Tezpur Lunatic Asylum reports 1895-1904 - 1895-1904
Year: 1895
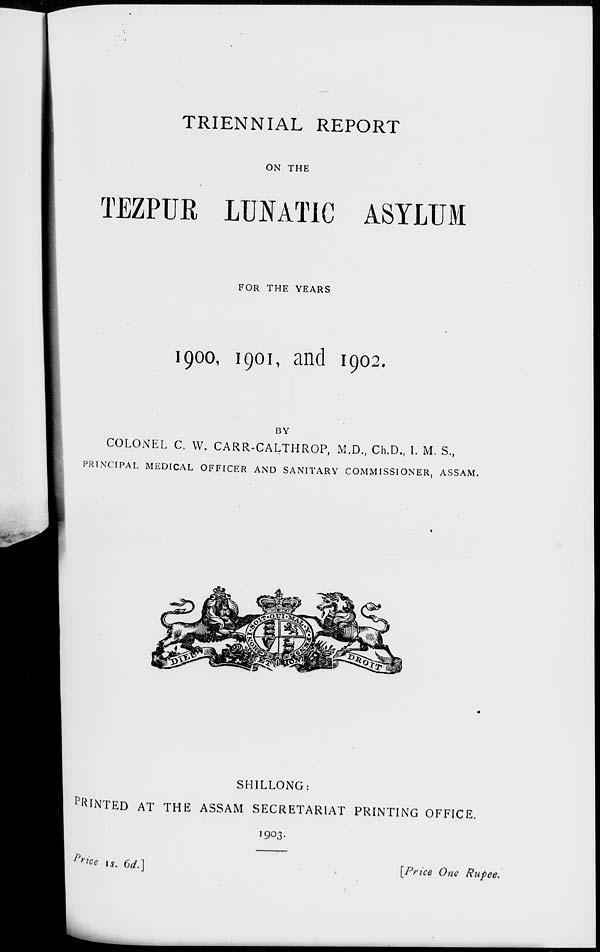
TRIENNIAL REPORT
ON THE
TEZPUR LUNATIC ASYLUM
FOR THE YEARS
1900, 1901, and 1902.
BY
COLONEL C. VV. CARR-CALTHROP, M.D., Ch.D., I. M. S.,
PRINCIPAL MEDICAL OFFICER AND SANITARY COMMISSIONER, ASSAM.
SHILLONG:
PRINTED AT THE ASSAM SECRETARIAT PRINTING OFFICE.
1903.
'»w is. 6d.]
[Price One Rupee.